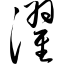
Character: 濯